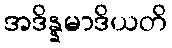
အဒိန္နမာဒိယတိ